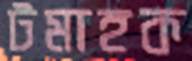
টমাহক